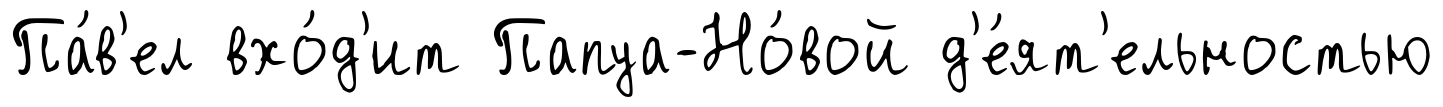
Па́в'ел вхо́д'ит Папуа-Но́вой д'е́ят'ельностью